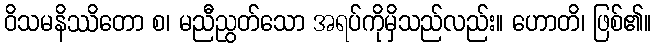
ဝိသမနိဿိတော စ၊ မညီညွတ်သော အရပ်ကိုမှိသည်လည်း။ ဟောတိ၊ ဖြစ်၏။